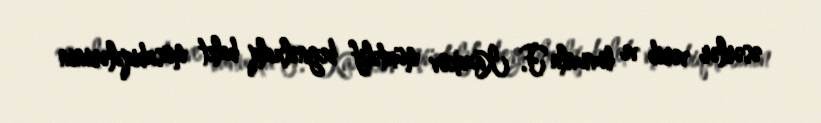
əsərlər verib ve bununla F. Kazakov müxtəlif beynəlxalq balet müsabiqələrinin